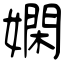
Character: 嫻